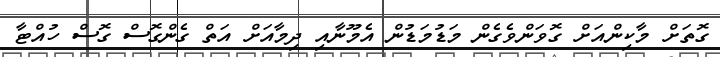
ގޮތަށް މާކިންއަށް ގޮވަންވެގެން މަޑުމަޑުން އެމޫނާއި ދިމާއަށް އަތް ގެންގޮސް ގޮސް ހުއްޓާ